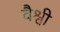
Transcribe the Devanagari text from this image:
वैश्वी